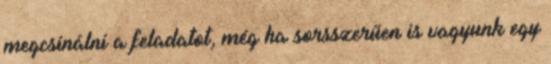
megcsinálni a feladatot, még ha sorsszerűen is vagyunk egy